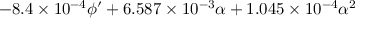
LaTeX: - 8 . 4 \times 1 0 ^ { - 4 } \phi ^ { \prime } + 6 . 5 8 7 \times 1 0 ^ { - 3 } \alpha + 1 . 0 4 5 \times 1 0 ^ { - 4 } \alpha ^ { 2 }